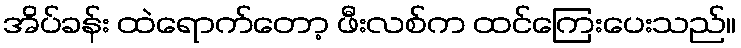
အိပ်ခန်း ထဲရောက်တော့ ဖီးလစ်က ထင်ကြေးပေးသည်။